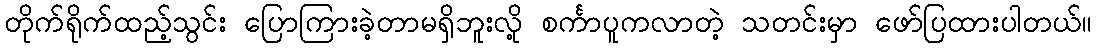
တိုက်ရိုက်ထည့်သွင်း ပြောကြားခဲ့တာမရှိဘူးလို့ စင်္ကာပူကလာတဲ့ သတင်းမှာ ဖော်ပြထားပါတယ်။